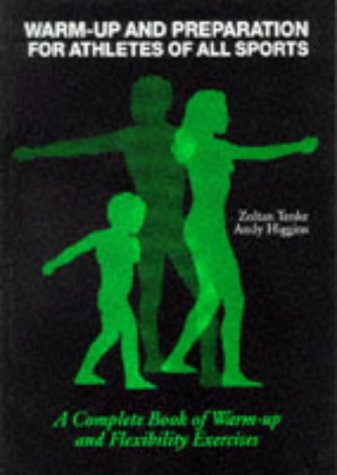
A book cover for Warm-Up and Preparation for Athletes of All Sports: A Complete Book of Warm-Up and Flexibility Exercises; Zoltan Tenke; Health, Fitness & Dieting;